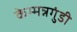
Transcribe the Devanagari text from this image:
केम्मन्नगुंडी